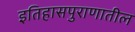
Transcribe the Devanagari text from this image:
इतिहासपुराणातील